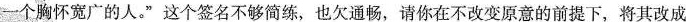
一个胸怀宽广的人。”这个签名不够简练，也欠通畅，请你在不改变原意的前提下，将其改成